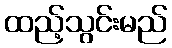
ထည့်သွင်းမည်